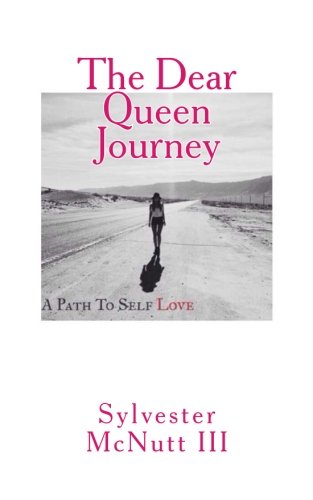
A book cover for The Dear Queen Journey: A Path To Self-Love; Sylvester McNutt III; Self-Help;